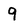
Character: 9